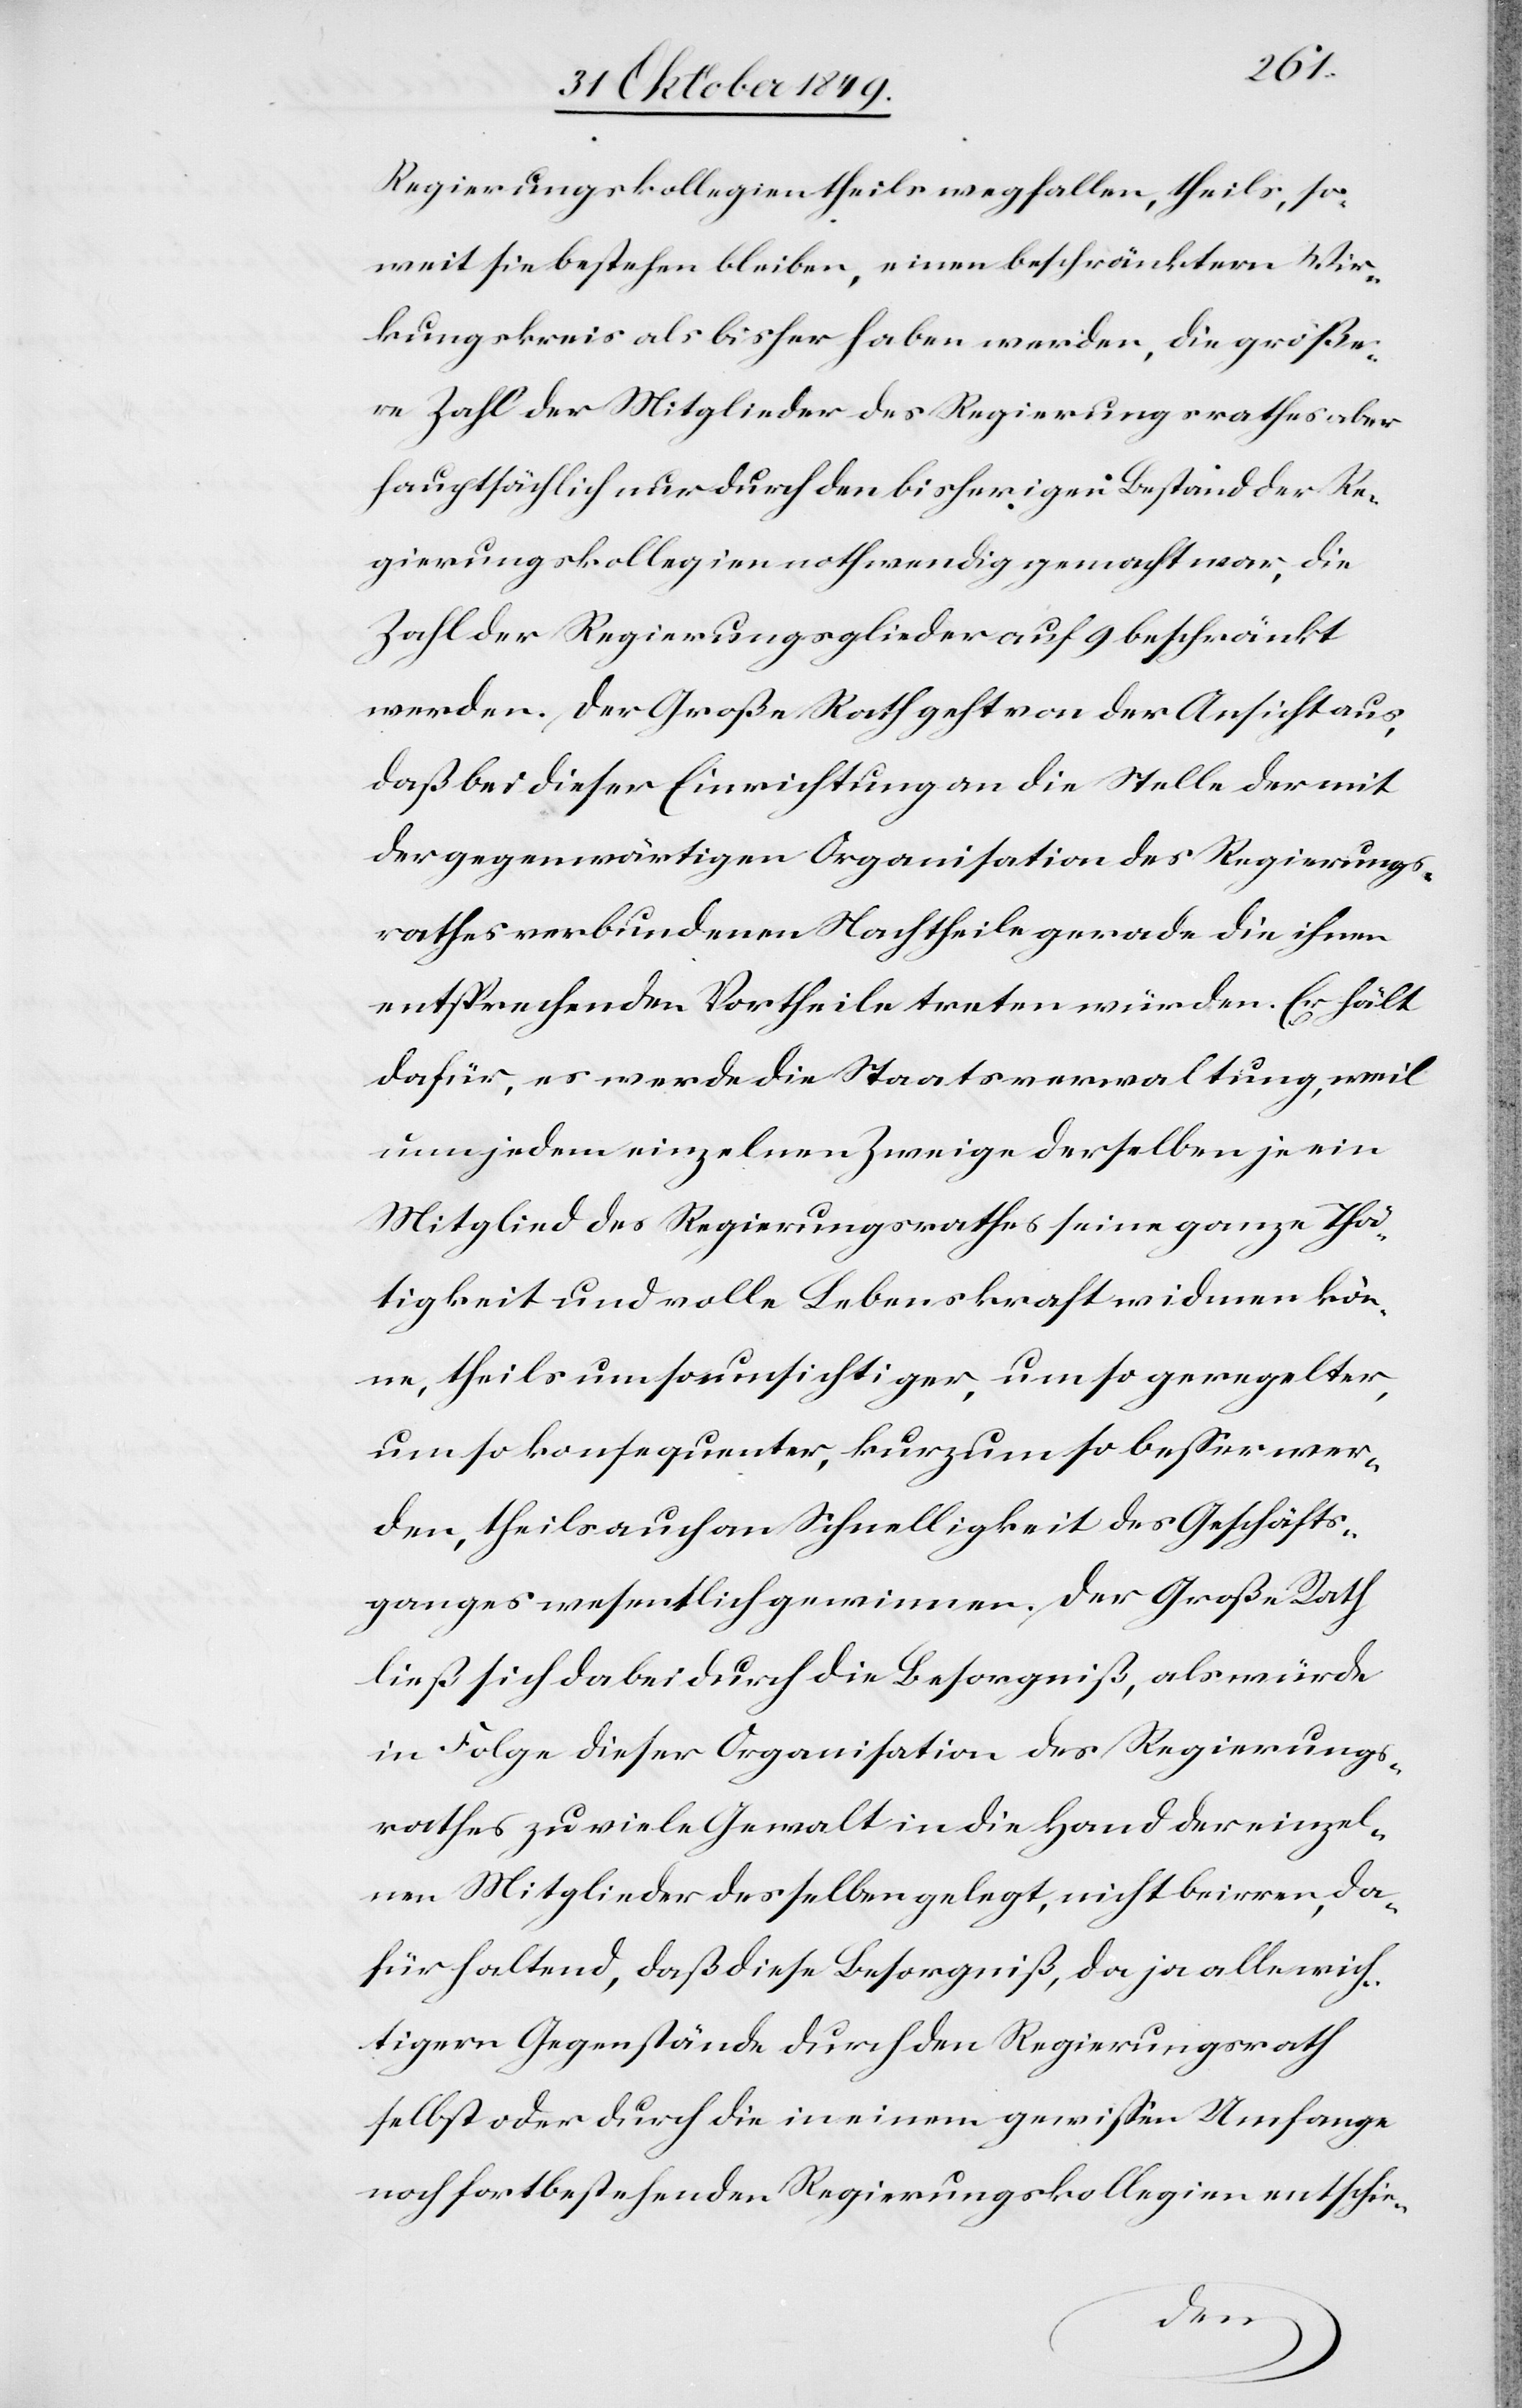
Regierungskollegien theils wegfallen, theils, so¬
weit sie bestehen bleiben, einen beschränktern Wir¬
kungskreis als bisher haben werden, die größe¬
re Zahl der Mitglieder des Regierungsrathes aber
hauptsächlich nur durch den bisherigen Bestand der Re¬
gierungkollegien nothwendig gemacht war, die
Zahl der Regierungsglieder auf 9 beschränkt
werden. Der Große Rath geht von der Ansicht aus,
daß bei dieser Einrichtung an die Stelle der mit
der gegenwärtigen Organisation des Regierungs¬
rathes verbundenen Nachtheile gerade die ihnen
entsprechenden Vortheile treten würde. Er hält
dafür, es werde die Staatsverwaltung, weil
nun jedem einzelnen Zweige derselben je ein
Mitglied des Regierungsrathes seine ganze Thä¬
tigkeit und alle Lebenskraft widmen kön¬
ne, theils umso umsichtiger, um so geregelter,
um so konsequenter, kurz um so beßer wer¬
den, theils auch an Schnelligkeit des Geschäfts¬
ganges wesentlich gewinnen. Der Große Rath
ließ sich dabei durch die Besorgniß, als würde
in Folge dieser Organisation des Regierungs¬
rathes zu viele Gewalt in die Hand der einzel¬
nen Mitglieder desselben gelegt, nicht beirren, da¬
für haltend, daß diese Besorgniß, da ja alle wich¬
tigern Gegenstände durch den Regierungsrath
selbst oder durch die in einem gewißen Umfange
noch fortbestehenden Regierungskollegien entschie-